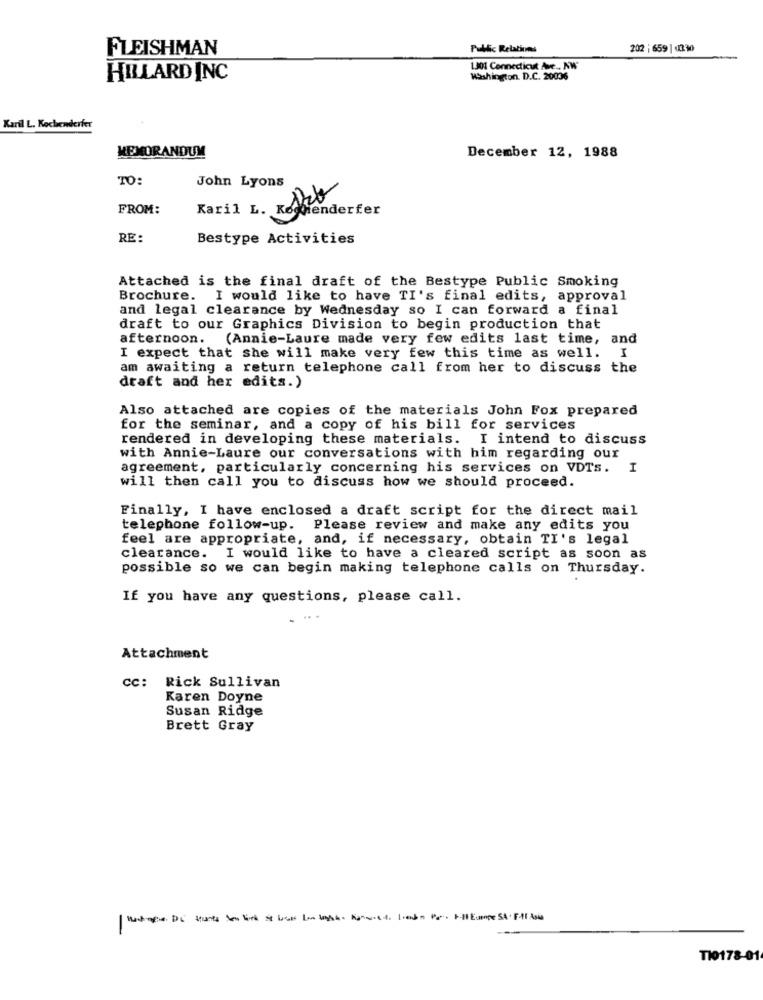
FLEISHMAN
Public Relations
202 |659 | 0330
1301 Connecticut Ave .. NW
HILLARD INC
Washington D.C. 20036
Karil L. Kochenderfer
MEMORANDUM
December 12, 1988
TO:
John Lyons
FROM:
Karil L. Rofeb
Menderfer
RE:
Bestype Activities
Attached is the final draft of the Bestype Public Smoking
Brochure. I would like to have TI's final edits, approval
and legal clearance by Wednesday so I can forward a final
draft to our Graphics Division to begin production that
afternoon. (Annie-Laure made very few edits last time, and
I expect that she will make very few this time as well. I
am awaiting a return telephone call from her to discuss the
draft and her edits.)
Also attached are copies of the materials John Fox prepared
for the seminar, and a copy of his bill for services
rendered in developing these materials. I intend to discuss
with Annie-Laure our conversations with him regarding our
agreement, particularly concerning his services on VDTs.
I
will then call you to discuss how we should proceed.
Finally, I have enclosed a draft script for the direct mail
telephone follow-up. Please review and make any edits you
feel are appropriate, and, if necessary, obtain TI's legal
clearance. I would like to have a cleared script as soon as
possible so we can begin making telephone calls on Thursday.
If you have any questions, please call.
Attachment
cc: Rick Sullivan
Karen Doyne
Susan Ridge
Brett Gray
TI0178-01